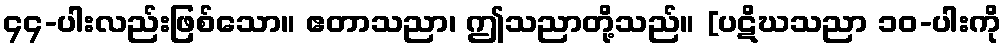
၄၄-ပါးလည်းဖြစ်သော။ ဧတာသညာ၊ ဤသညာတို့သည်။ [ပဋိဃသညာ ၁၀-ပါးကို